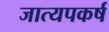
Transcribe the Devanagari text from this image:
जात्यपकर्ष